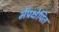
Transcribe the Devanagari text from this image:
मेंप्रक्षेपित